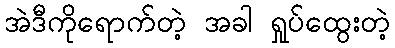
အဲဒီကိုရောက်တဲ့ အခါ ရှုပ်ထွေးတဲ့